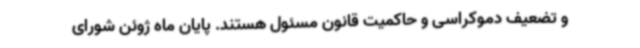
و تضعیف دموکراسی و حاکمیت قانون مسئول هستند. پایان ماه ژوئن شورای